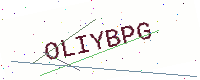
Text: OLIYBPG